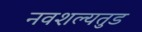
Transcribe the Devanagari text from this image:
नवशल्यतुड